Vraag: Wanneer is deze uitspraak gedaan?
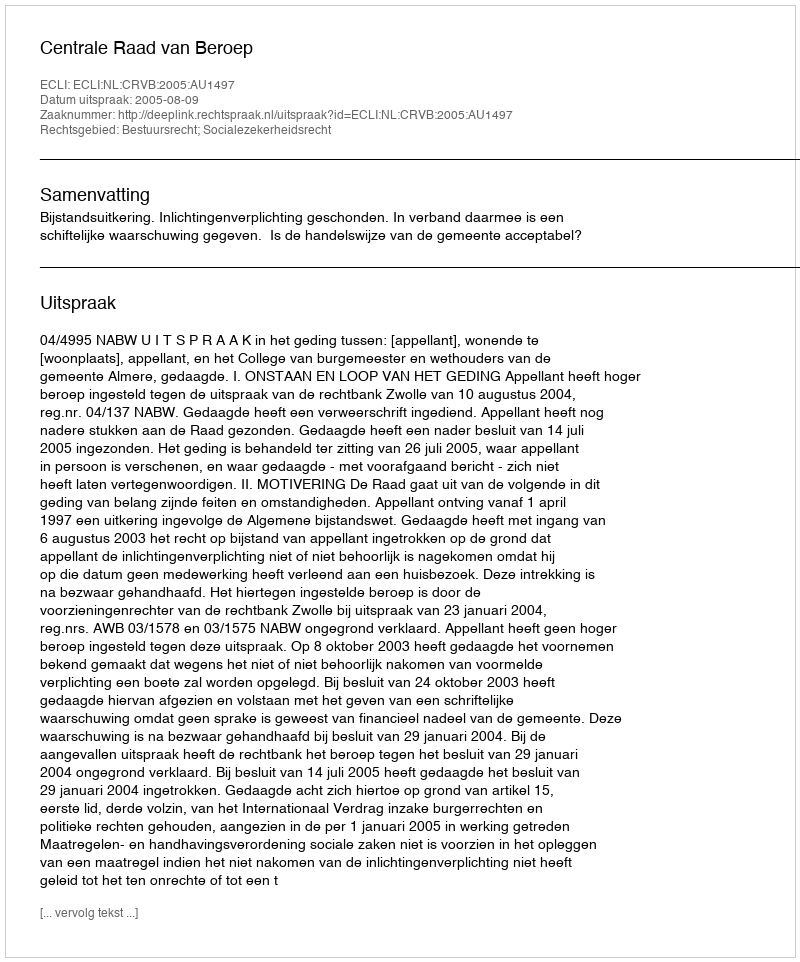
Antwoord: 2005-08-09